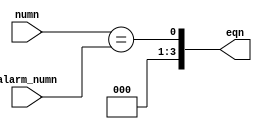
module equal(
	input	wire	[3:0]		numn,
	input	wire	[3:0]		alarm_numn,

	output	wire	[3:0]		eqn
);
	assign eqn = (numn == alarm_numn);
endmodule